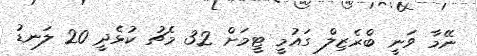
ނޭމާ ވަނީ ބްރެޒިލް ގައުމީ ޓީމަށް 32 މެޗު ކުޅެދީ 20 ލަނޑު